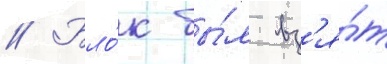
// Бло́к бы́л вз'я́т